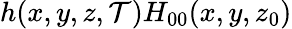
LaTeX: h(x,y,z,\mathcal{T})H_{00}(x,y,z_{0})